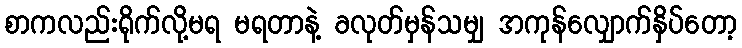
စာကလည်းရိုက်လို့မရ မရတာနဲ့ ခလုတ်မှန်သမျှ အကုန်လျှောက်နှိပ်တော့